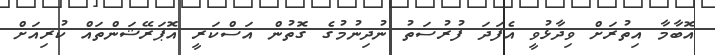
އޮބާމާ އިތުރަށް ވިދާޅުވީ އެފަދަ ފުރުސަތު ނުދިނުމުގެ ގޮތުން އަސްކަރީ އޮޕަރޭޝަންތައް ކުރިއަށް